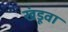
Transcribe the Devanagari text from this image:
खंडूवा